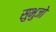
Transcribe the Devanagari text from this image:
सुभुजो